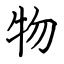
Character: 物